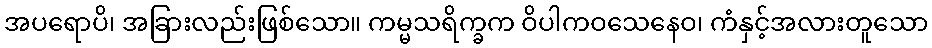
အပရောပိ၊ အခြားလည်းဖြစ်သော။ ကမ္မသရိက္ခက ဝိပါကဝသေနေဝ၊ ကံနှင့်အလားတူသော